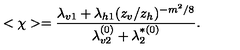
< \chi > = \frac { \lambda _ { v 1 } + \lambda _ { h 1 } ( z _ { v } / z _ { h } ) ^ { - m ^ { 2 } / 8 } } { \lambda _ { v 2 } ^ { ( 0 ) } + \lambda _ { 2 } ^ { * ( 0 ) } } .